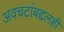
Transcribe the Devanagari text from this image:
अवचटांबद्दलही